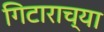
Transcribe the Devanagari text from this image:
गिटाराच्या